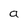
Character: a